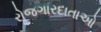
રોજગારદાતાઓ